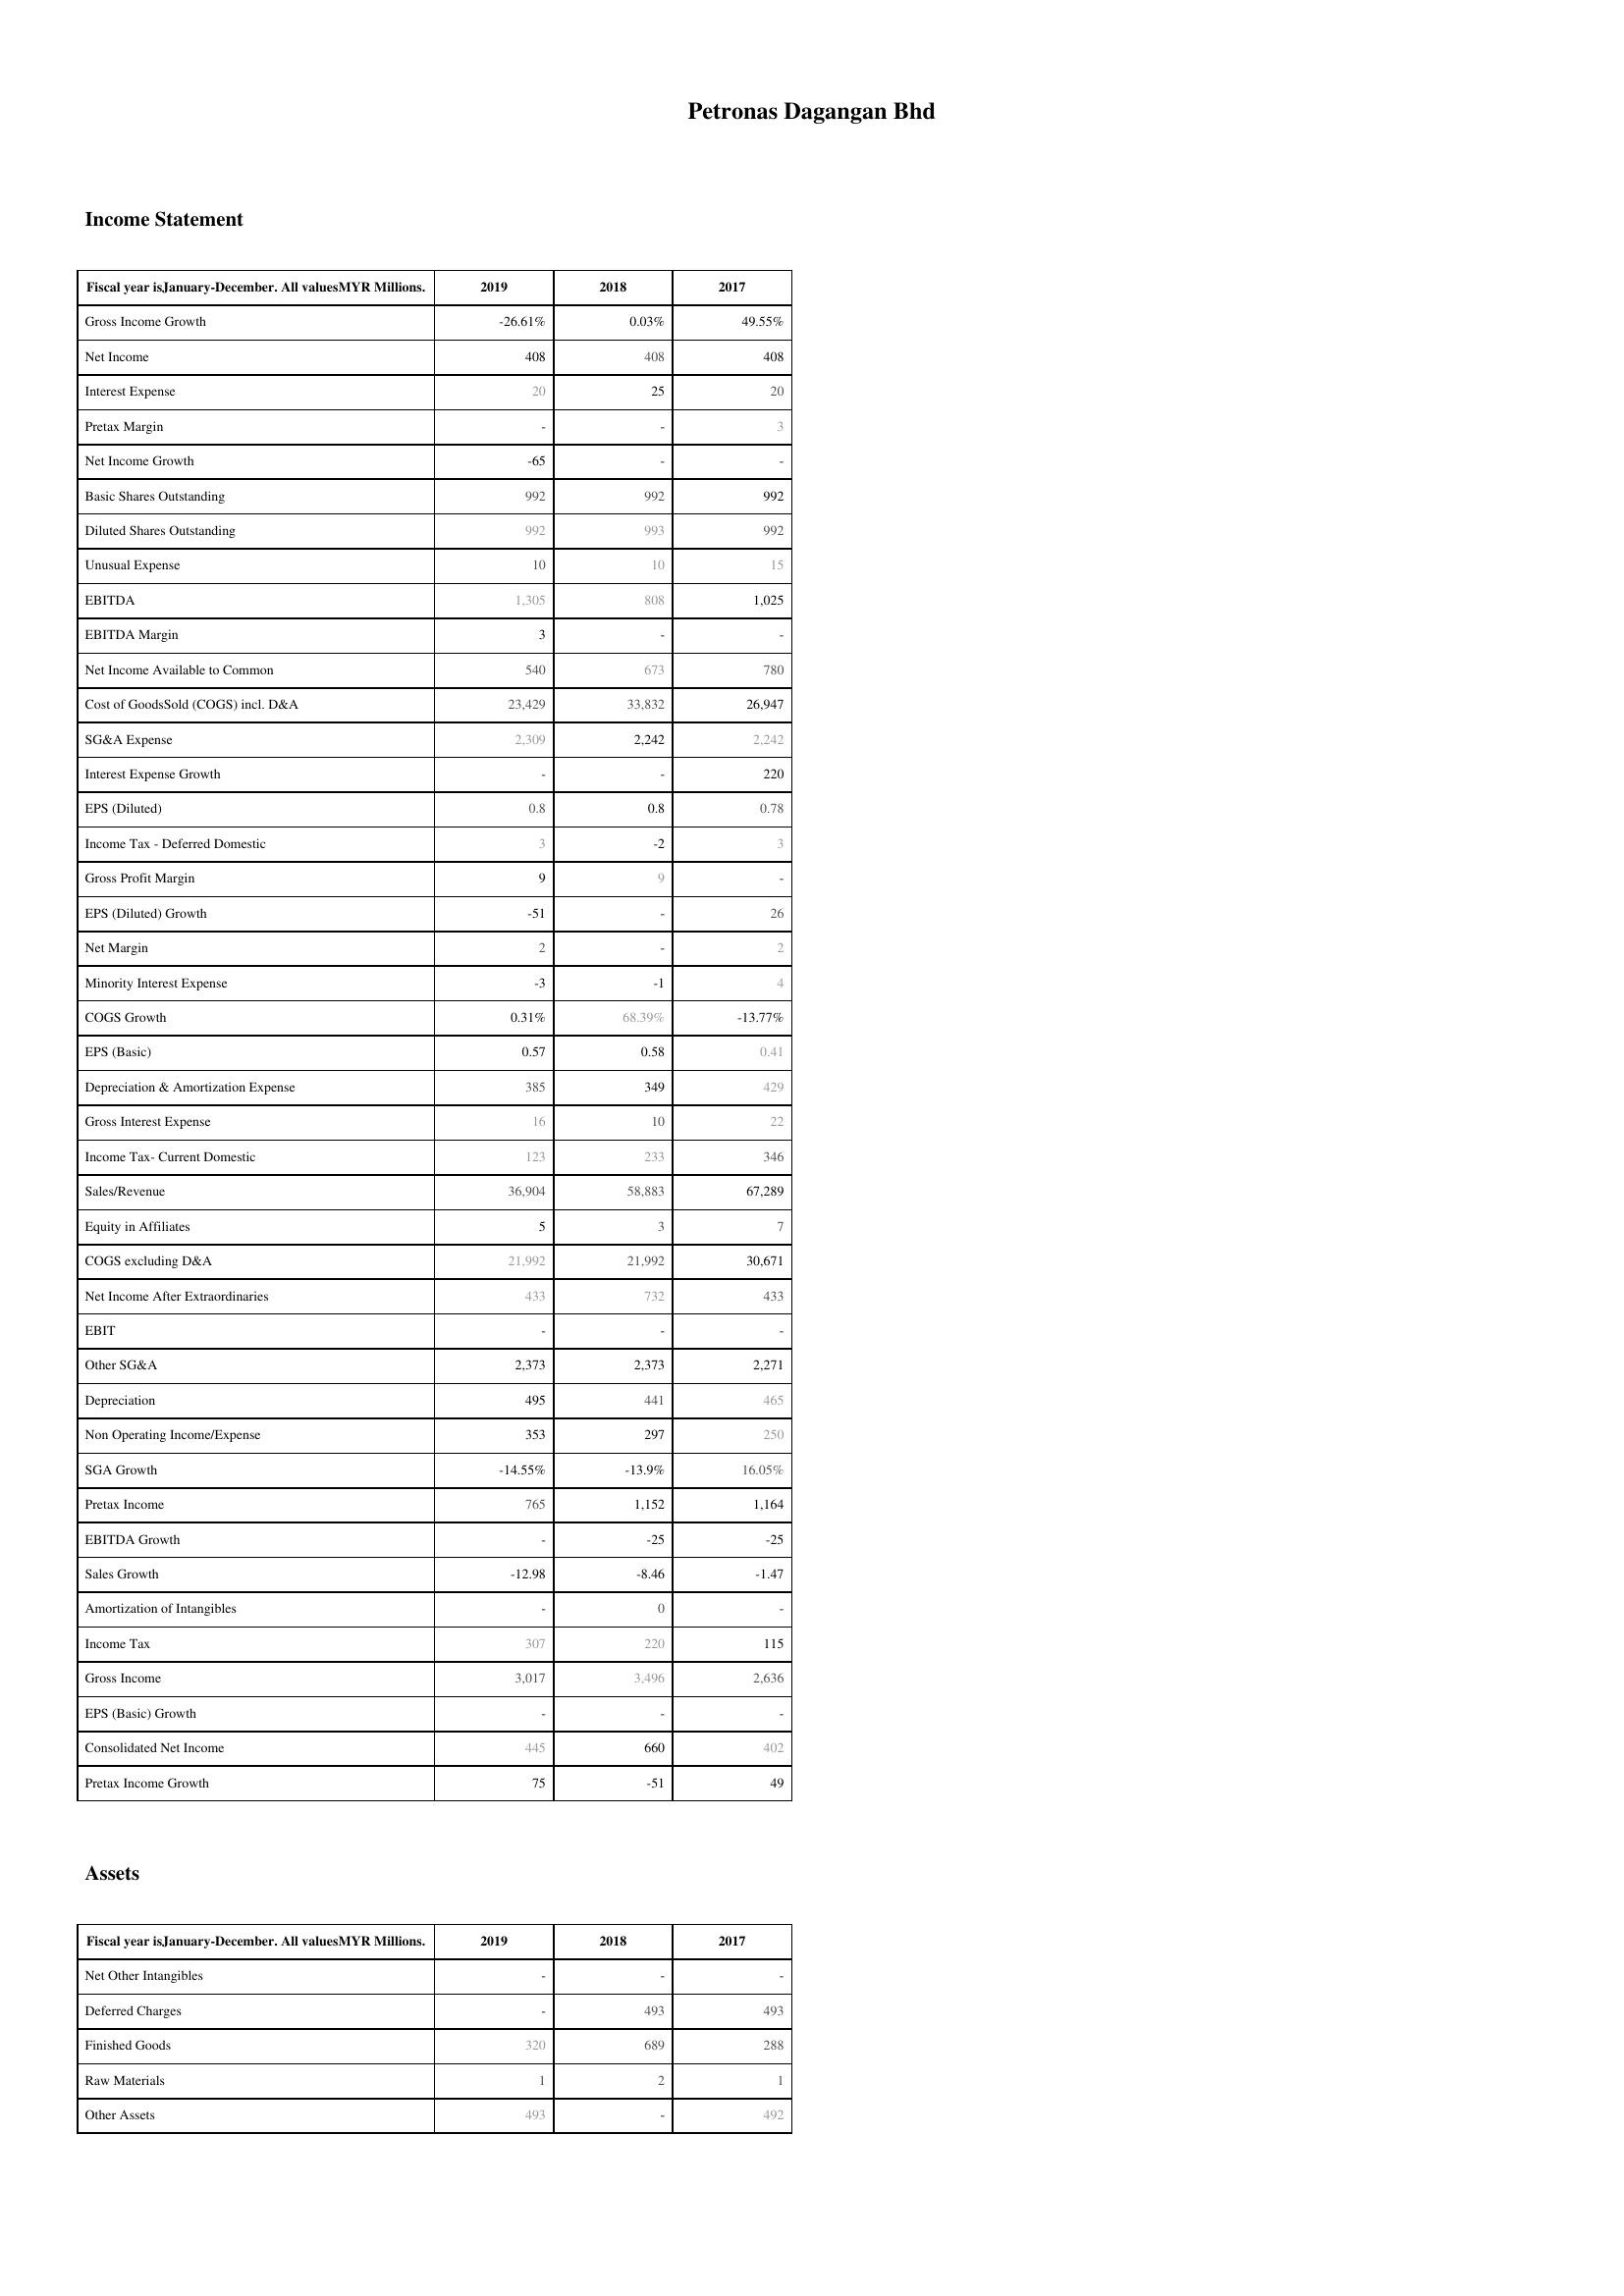
2019: Income Statement: Gross Income Growth: -26.61%
Net Income: 408
Interest Expense: 20
Pretax Margin: -
Net Income Growth: -65
Basic Shares Outstanding: 992
Diluted Shares Outstanding: 992
Unusual Expense: 10
EBITDA: 1,305
EBITDA Margin: 3
Net Income Available to Common: 540
Cost of GoodsSold (COGS) incl. D&A: 23,429
SG&A Expense: 2,309
Interest Expense Growth: -
EPS (Diluted): 0.8
Income Tax - Deferred Domestic: 3
Gross Profit Margin: 9
EPS (Diluted) Growth: -51
Net Margin: 2
Minority Interest Expense: -3
COGS Growth: 0.31%
EPS (Basic): 0.57
Depreciation & Amortization Expense: 385
Gross Interest Expense: 16
Income Tax- Current Domestic: 123
Sales/Revenue: 36,904
Equity in Affiliates: 5
COGS excluding D&A: 21,992
Net Income After Extraordinaries: 433
EBIT: -
Other SG&A: 2,373
Depreciation: 495
Non Operating Income/Expense: 353
SGA Growth: -14.55%
Pretax Income: 765
EBITDA Growth: -
Sales Growth: -12.98
Amortization of Intangibles: -
Income Tax: 307
Gross Income: 3,017
EPS (Basic) Growth: -
Consolidated Net Income: 445
Pretax Income Growth: 75
Assets: Net Other Intangibles: -
Deferred Charges: -
Finished Goods: 320
Raw Materials: 1
Other Assets: 493
2018: Income Statement: Gross Income Growth: 0.03%
Net Income: 408
Interest Expense: 25
Pretax Margin: -
Net Income Growth: -
Basic Shares Outstanding: 992
Diluted Shares Outstanding: 993
Unusual Expense: 10
EBITDA: 808
EBITDA Margin: -
Net Income Available to Common: 673
Cost of GoodsSold (COGS) incl. D&A: 33,832
SG&A Expense: 2,242
Interest Expense Growth: -
EPS (Diluted): 0.8
Income Tax - Deferred Domestic: -2
Gross Profit Margin: 9
EPS (Diluted) Growth: -
Net Margin: -
Minority Interest Expense: -1
COGS Growth: 68.39%
EPS (Basic): 0.58
Depreciation & Amortization Expense: 349
Gross Interest Expense: 10
Income Tax- Current Domestic: 233
Sales/Revenue: 58,883
Equity in Affiliates: 3
COGS excluding D&A: 21,992
Net Income After Extraordinaries: 732
EBIT: -
Other SG&A: 2,373
Depreciation: 441
Non Operating Income/Expense: 297
SGA Growth: -13.9%
Pretax Income: 1,152
EBITDA Growth: -25
Sales Growth: -8.46
Amortization of Intangibles: 0
Income Tax: 220
Gross Income: 3,496
EPS (Basic) Growth: -
Consolidated Net Income: 660
Pretax Income Growth: -51
Assets: Net Other Intangibles: -
Deferred Charges: 493
Finished Goods: 689
Raw Materials: 2
Other Assets: -
2017: Income Statement: Gross Income Growth: 49.55%
Net Income: 408
Interest Expense: 20
Pretax Margin: 3
Net Income Growth: -
Basic Shares Outstanding: 992
Diluted Shares Outstanding: 992
Unusual Expense: 15
EBITDA: 1,025
EBITDA Margin: -
Net Income Available to Common: 780
Cost of GoodsSold (COGS) incl. D&A: 26,947
SG&A Expense: 2,242
Interest Expense Growth: 220
EPS (Diluted): 0.78
Income Tax - Deferred Domestic: 3
Gross Profit Margin: -
EPS (Diluted) Growth: 26
Net Margin: 2
Minority Interest Expense: 4
COGS Growth: -13.77%
EPS (Basic): 0.41
Depreciation & Amortization Expense: 429
Gross Interest Expense: 22
Income Tax- Current Domestic: 346
Sales/Revenue: 67,289
Equity in Affiliates: 7
COGS excluding D&A: 30,671
Net Income After Extraordinaries: 433
EBIT: -
Other SG&A: 2,271
Depreciation: 465
Non Operating Income/Expense: 250
SGA Growth: 16.05%
Pretax Income: 1,164
EBITDA Growth: -25
Sales Growth: -1.47
Amortization of Intangibles: -
Income Tax: 115
Gross Income: 2,636
EPS (Basic) Growth: -
Consolidated Net Income: 402
Pretax Income Growth: 49
Assets: Net Other Intangibles: -
Deferred Charges: 493
Finished Goods: 288
Raw Materials: 1
Other Assets: 492